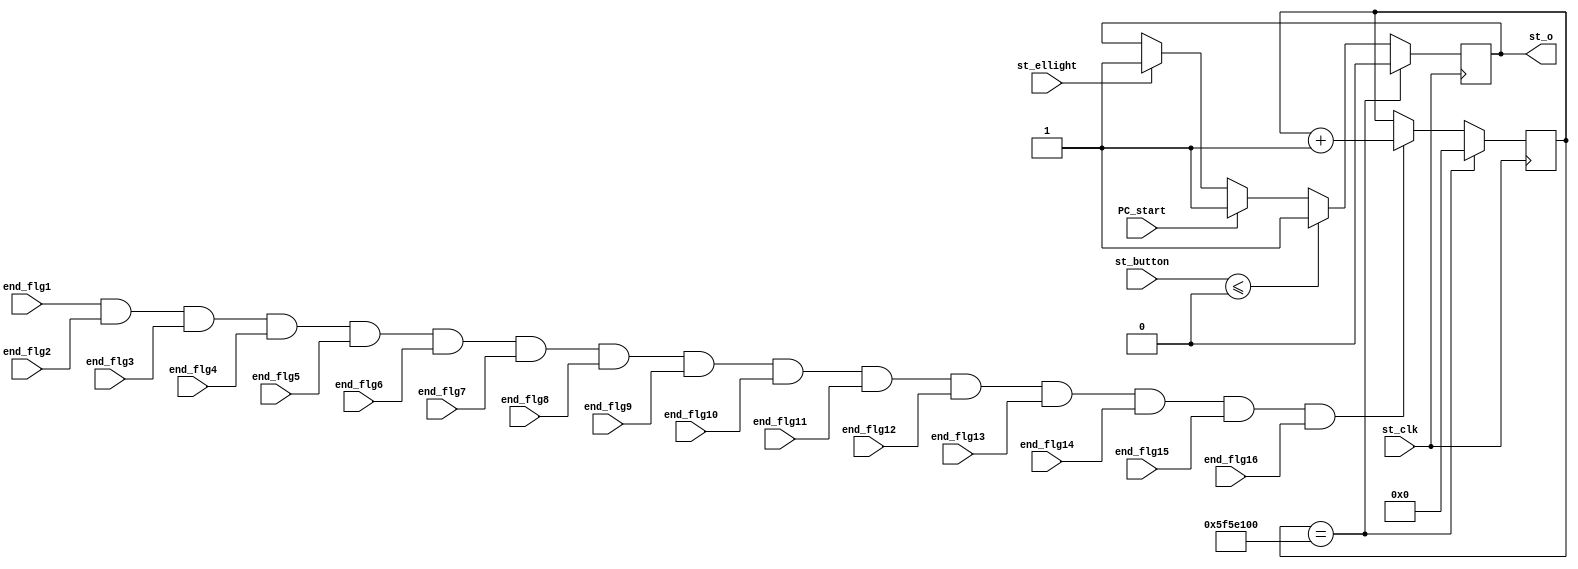
module Start (input st_clk, st_button, PC_start, st_ellight,
				  end_flg1, 
				  end_flg2,
				  end_flg3,
				  end_flg4,
				  end_flg5,
				  end_flg6,
				  end_flg7,
				  end_flg8,
				  end_flg9,
				  end_flg10,
				  end_flg11,
				  end_flg12,
				  end_flg13,
				  end_flg14,
				  end_flg15,
				  end_flg16,
			  	  output reg st_o
				  
				  );


initial st_o <= 1'b0;

reg [28:0] cnt;
initial cnt <= 1'b0;


always @(posedge st_clk) begin
	
			if (st_ellight == 1'b1) begin
				st_o <= 1'b1;
			end
			
			if (PC_start == 1'b1) begin
				st_o <= 1'b1;
			end
 
			if (st_button <= 1'b0) begin
				st_o <= 1'b1;
			end
	
		
			if (end_flg1 == 1'b1 && end_flg2 == 1'b1 && end_flg3 == 1'b1 && end_flg4 == 1'b1 && 
				 end_flg5 == 1'b1 && end_flg6 == 1'b1 && end_flg7 == 1'b1 && end_flg8 == 1'b1 && 
				 end_flg9 == 1'b1 && end_flg10 == 1'b1 && end_flg11 == 1'b1 && end_flg12 == 1'b1 &&
				 end_flg13 == 1'b1 && end_flg14 == 1'b1 && end_flg15 == 1'b1 && end_flg16 == 1'b1) begin
			
				cnt <= cnt + 1'b1;			
						
			end
			
			if (cnt == 28'd100000000) begin
				cnt <= 1'b0;
				st_o <= 1'b0;
			end

end

endmodule